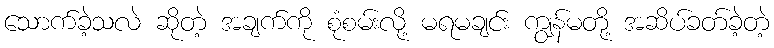
သောက်ခဲ့သလဲ ဆိုတဲ့ အချက်ကို စုံစမ်းလို့ မရမချင်း ကျွန်မတို့ အဆိပ်ခတ်ခဲ့တဲ့